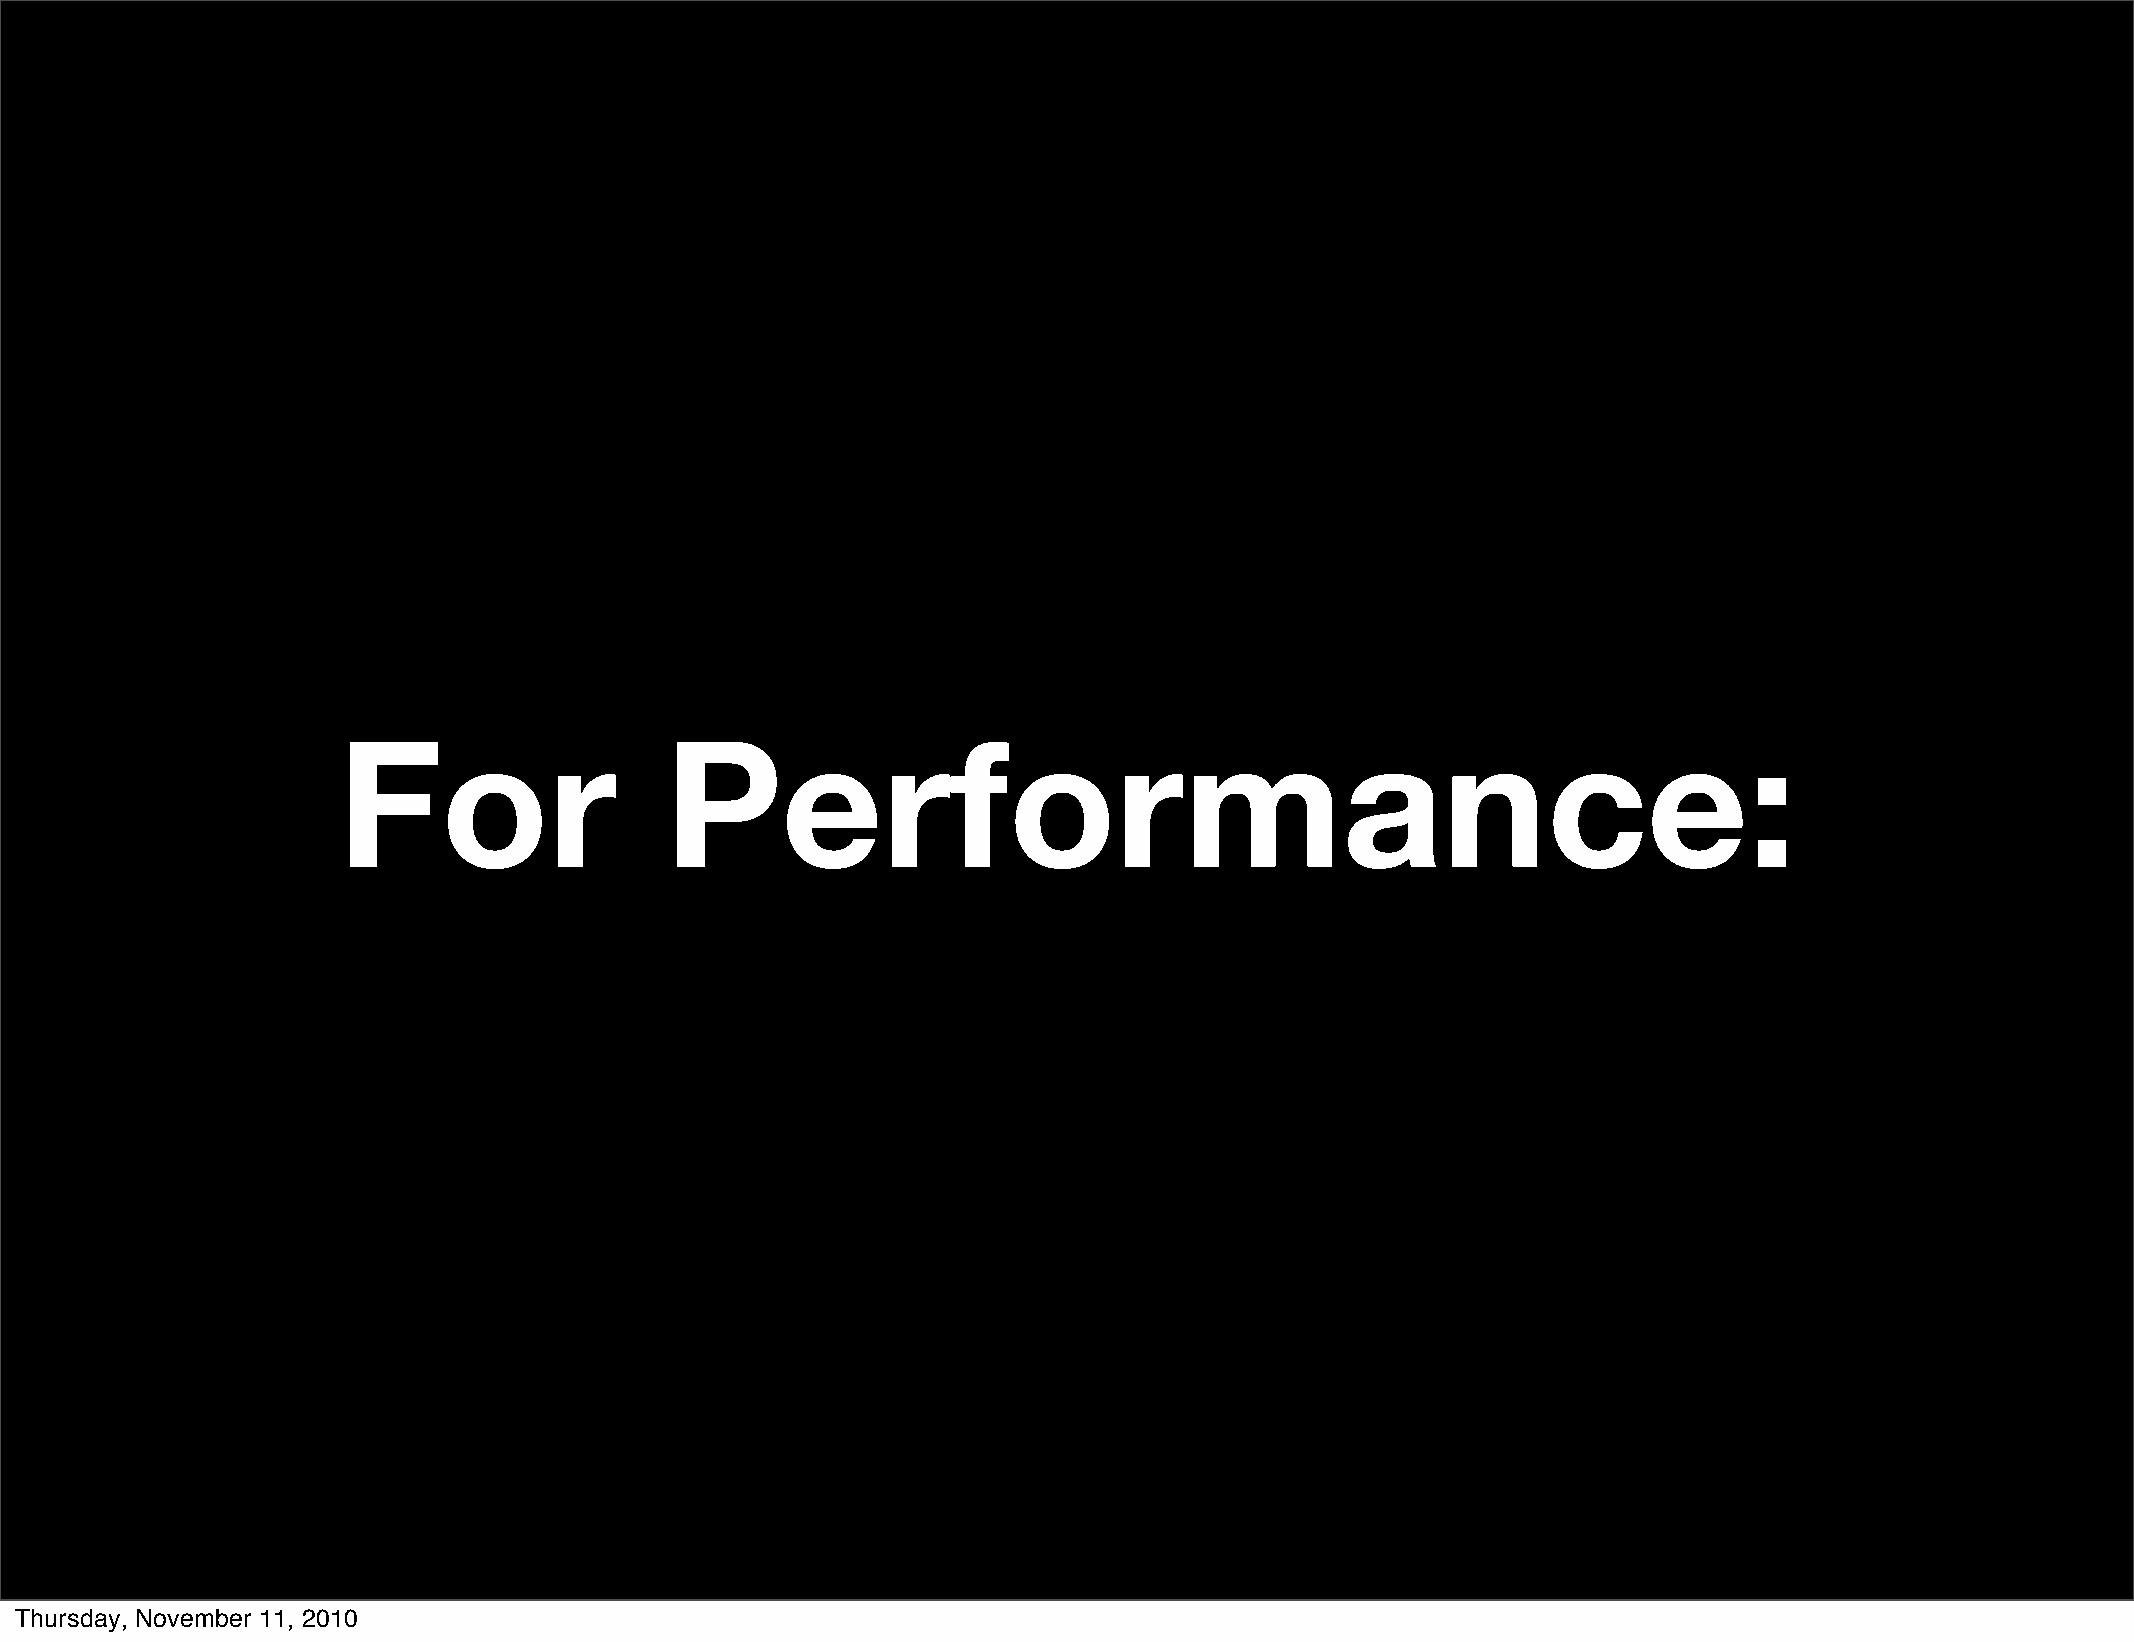
For                   Performance:
 Thursday, November 11, 2010